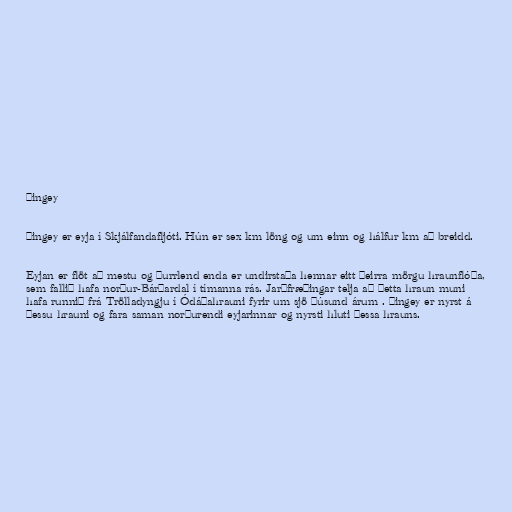
Þingey

Þingey er eyja í Skjálfandafljóti. Hún er sex km löng og um einn og hálfur km að breidd.

Eyjan er flöt að mestu og þurrlend enda er undirstaða hennar eitt þeirra mörgu hraunflóða,
sem fallið hafa norður-Bárðardal í tímanna rás. Jarðfræðingar telja að þetta hraun muni
hafa runnið frá Trölladyngju í Ódáðahrauni fyrir um sjö þúsund árum . Þingey er nyrst á
þessu hrauni og fara saman norðurendi eyjarinnar og nyrsti hluti þessa hrauns.